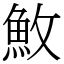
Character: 䰻